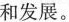
和发展。